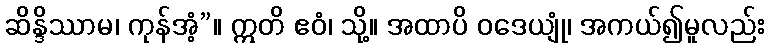
ဆိန္ဒိဿာမ၊ ကုန်အံ့”။ ဣတိ ဧဝံ၊ သို့။ အထာပိ ဝဒေယျုံ၊ အကယ်၍မူလည်း